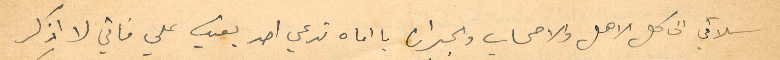
سلامي الى كل الاهل والاصحاب والجيران يا اماه تدعي احد يعتب علي فاني لا اذكر